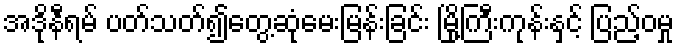
အဒိုနီရမ် ပတ်သတ်၍တွေ့ဆုံမေးမြန်းခြင်း မြို့ကြီးကုန်းနှင့် ပြည့်ဝမှု